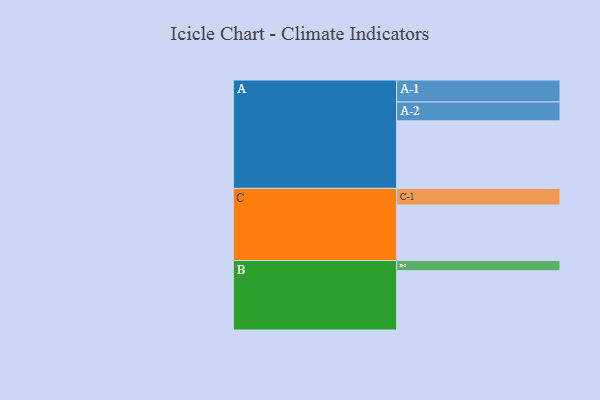
{"axis": {"x": "Segment", "y": "Value"}, "legend": ["", "A", "B", "C"], "data": [{"x": "A", "y": 415, "type": ""}, {"x": "B", "y": 364, "type": ""}, {"x": "C", "y": 341, "type": ""}, {"x": "A-1", "y": 135, "type": "A"}, {"x": "A-2", "y": 116, "type": "A"}, {"x": "B-1", "y": 63, "type": "B"}, {"x": "C-1", "y": 102, "type": "C"}]}